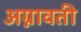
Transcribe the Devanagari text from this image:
अग्नावती